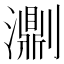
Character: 𤂄